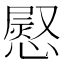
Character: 𢟬